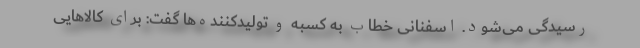
رسیدگی می‌شود. اسفنانی خطاب به کسبه و تولیدکننده‌ها گفت: برای کالاهایی